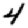
Digit: 4